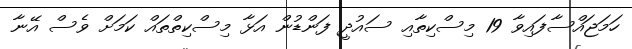
ހަމަޖައްސާފައިވާ 19 މިސްކިތާއި ސައުދީ ފަންޑުން އަޅާ މިސްކިތްތައް ކަމަށް ވެސް އޭނާ